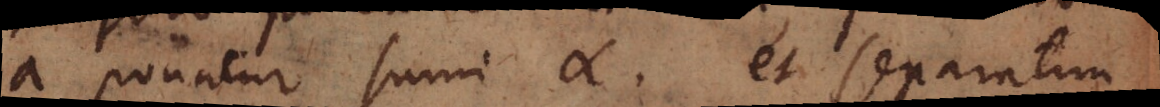
a ponatur sumi ∝, et separatim